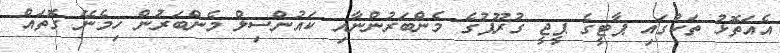
އެއަތޮޅު ތަކުގައި ޕާޓީގެ ޕީޖީ ގުރޫޕުގެ މެންބަރުންނާއި ކައުންސިލް މެންބަރުން ހިމެނޭ ގޮތައް